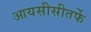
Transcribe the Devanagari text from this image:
आयसीसीतर्फे